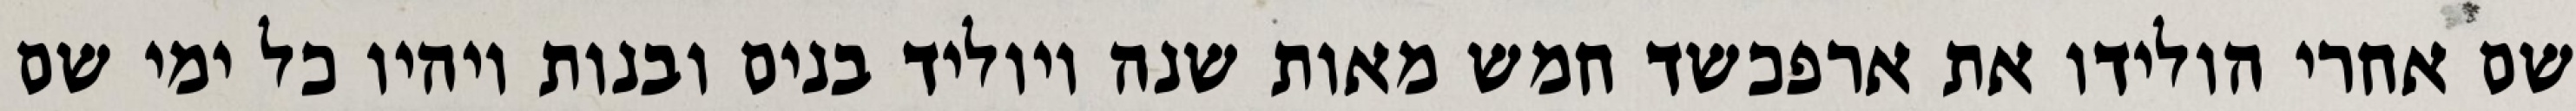
שם אחרי הולידו את ארפכשד חמש מאות שנה ויוליד בנים ובנות ויהיו כל ימי שם